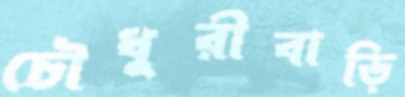
চৌধুরীবাড়ি